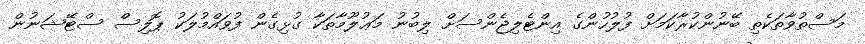
މަސްތުވާތަކެތި ބޭނުންކުރާކަމަށް ފުލުހުންގެ އިންޓެލިޖެންސަށް ލިބުނު މަޢުލޫމާތަކާ ގުޅިގެން ފުވައްމުލަކު ޕޮލިސް ސްޓޭޝަނުން